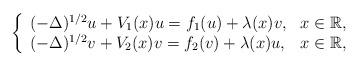
LaTeX: \begin{align*}\left\{\begin{array}{lr}(-\Delta)^{1/2}u+V_{1}(x)u=f_{1}(u)+\lambda(x)v, & x\in\mathbb{R},\\(-\Delta)^{1/2}v+V_{2}(x)v=f_{2}(v)+\lambda(x)u, & x\in\mathbb{R},\end{array}\right. \end{align*}